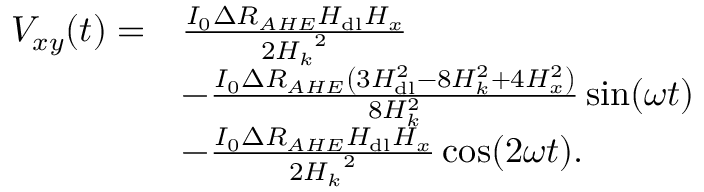
\begin{array} { r l } { V _ { x y } ( t ) = } & { \frac { I _ { 0 } \Delta R _ { A H E } H _ { \mathrm { d l } } H _ { x } } { 2 { H _ { k } } ^ { 2 } } } \\ & { - \frac { I _ { 0 } \Delta R _ { A H E } \left( 3 H _ { \mathrm { d l } } ^ { 2 } - 8 H _ { k } ^ { 2 } + 4 H _ { x } ^ { 2 } \right) } { 8 H _ { k } ^ { 2 } } \sin ( \omega t ) } \\ & { - \frac { I _ { 0 } \Delta R _ { A H E } H _ { \mathrm { d l } } H _ { x } } { 2 { H _ { k } } ^ { 2 } } \cos ( 2 \omega t ) . } \end{array}